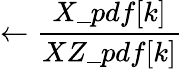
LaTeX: \leftarrow\frac{X\_ pdf[k]}{XZ\_ pdf[k]}